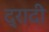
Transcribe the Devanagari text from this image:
द्रादी